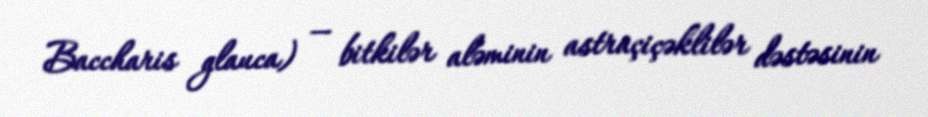
Baccharis glauca) — bitkilər aləminin astraçiçəklilər dəstəsinin